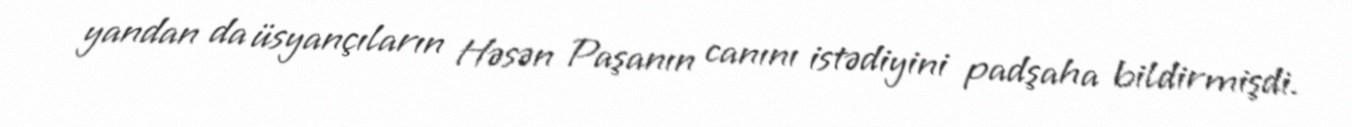
yandan da üsyançıların Həsən Paşanın canını istədiyini padşaha bildirmişdi.